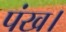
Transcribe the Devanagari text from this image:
पंख।